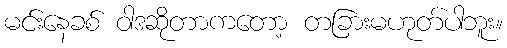
မင်းနေခစ် ဝါဒဆိုတာကတော့ တခြားမဟုတ်ပါဘူး။